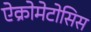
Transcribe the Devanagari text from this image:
ऐक्रोमेटोसिस